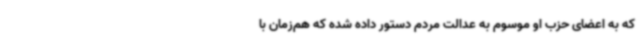
که به اعضای حزب او موسوم به عدالت مردم دستور داده شده که هم‌زمان با